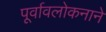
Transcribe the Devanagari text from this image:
पूर्वावलोकनाने